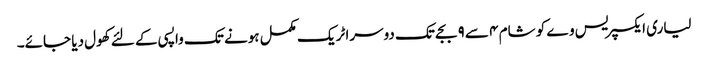
لیاری ایکسپریس وے کو شام ٤ سے ٩ بجے تک دوسرا ٹریک مکمل ہونے تک واپسی کے لئے کھول دیا جائے۔